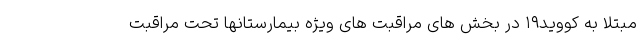
مبتلا به کووید۱۹ در بخش های مراقبت های ویژه بیمارستانها تحت مراقبت